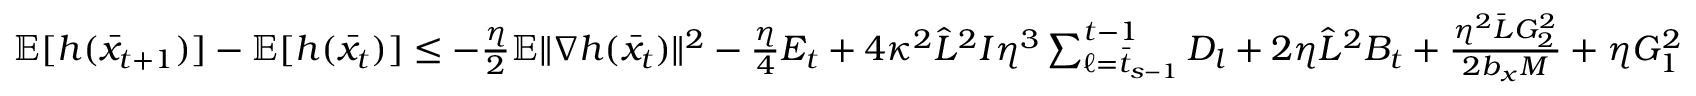
\begin{array} { r } { \mathbb { E } [ h ( \bar { x } _ { t + 1 } ) ] - \mathbb { E } [ h ( \bar { x } _ { t } ) ] \leq - \frac { \eta } { 2 } \mathbb { E } \| \nabla h ( \bar { x } _ { t } ) \| ^ { 2 } - \frac { \eta } { 4 } E _ { t } + 4 \kappa ^ { 2 } \hat { L } ^ { 2 } I \eta ^ { 3 } \sum _ { \ell = \bar { t } _ { s - 1 } } ^ { t - 1 } D _ { l } + 2 \eta \hat { L } ^ { 2 } B _ { t } + \frac { \eta ^ { 2 } \bar { L } G _ { 2 } ^ { 2 } } { 2 b _ { x } M } + \eta G _ { 1 } ^ { 2 } } \end{array}